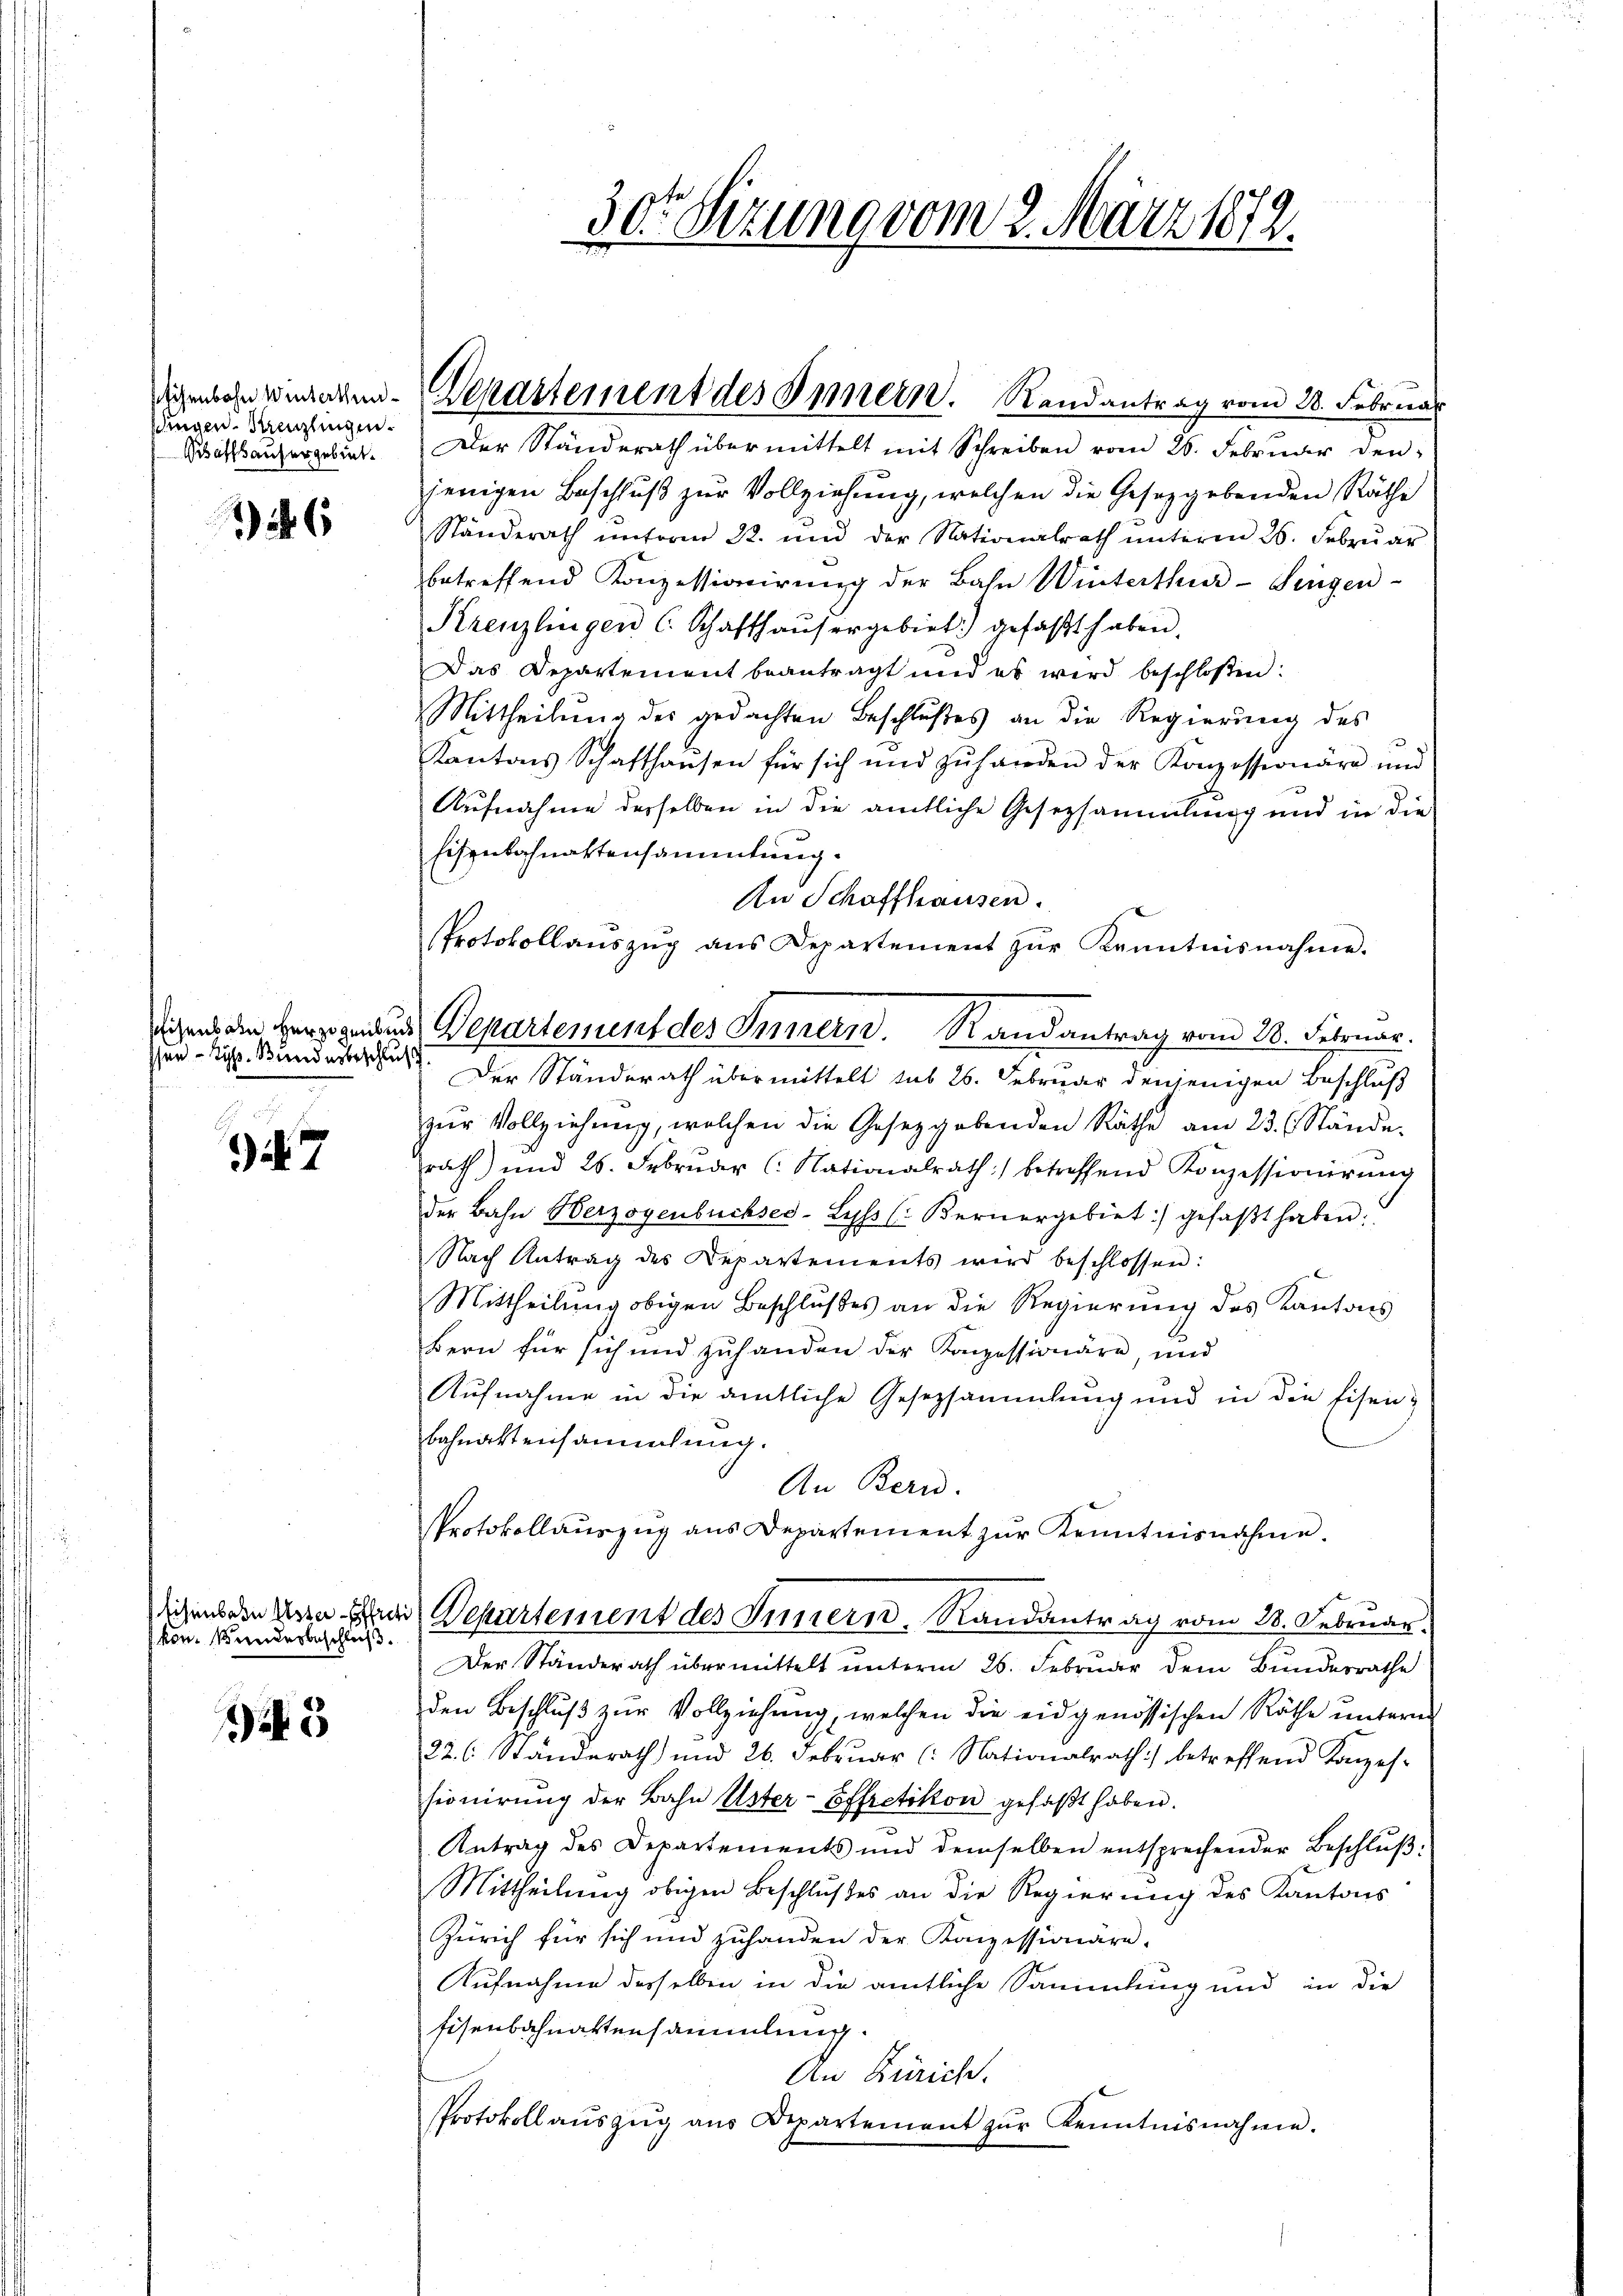
jungen Kanzlingen.
Baffhausergebiet.

16

seihens aber Herzogenb
ssen - Syp. Bundesbeschl

7

tisenbahn Uster Effreti
kon Kundesbeschluß.

3

Der Ständerath übermittelt mit Schreiben vom 26. Februar den
jenigen Beschluß zur Vollziehung, welchen die Gesetzgebenden Räthe
Ständerath unterm 22. und der Nationalrath ŭnterm 26. Febrŭar
betreffend Konzessionirung der Bahn Winterthur–Singen-
Krenzlingen C. Schafthaŭsergebiet.) gefaßt haben.
Das Departement beantragt und es wird beschloßen:
Mittheilŭng des gedachten Beschlußes an die Regierŭng des
Kantons Schafthaŭsen für sich und zŭ handen der Konzessionäre und
Aufnahme derselben in die amtliche Gesetzsammlung und in die
Eisenbahnattensammlung.
An Schaffhausen.
Protokollaŭszŭg ans Departement zŭr Kenntnisnahme.
uss. Der Ständerath übermittelt sub 26. Februar denjenigen Beschluß
zŭr Vollziehung, welchen die Gesetzgebenden Räthe am 23. Stände.
rath und 26. Febrŭder (: Nationalrath betreffend Konzessionirŭng
der Bahn Herzogenbüchsed-Lyss (Bernergebiet:/ gefaβt haben.
Nach Antrag des Departements wird beschlossen:
Mittheilung obigen Beschlußes an die Regierung des Kantons
Bern für sich und zuhanden der Konzessionäre, und
Aufnahme in die amtliche Gesetzsammlung und in die Eisenbahnaktensammlung.
An Bern.
Protokollauszug aus Departement zŭr Kenntnisnahme.
die Departement des Innern. Randantrag vom 28. Februar.
Der Ständerath übermittelt unterm 26. Februar dem Bundesrathe
den Beschlŭβ zŭr Vollziehung, welchen die eidgenössischen Räthe ŭnterm
226. Ständerath und 26. Februar (: Nationalrath betreffend Konzes-
sionirung der Bahn Uster-Effretikon gefaßt haben.
Antrag des Departements und demselben entsprechender Beschlŭβ-
Mittheilung obigen Beschlußes an die Regierung des Kantons
Zürich für sich und zuhanden der Konzessionäre.
Aufnahme desselben in die amtliche Sammlung und in die
Eisenbahnattensammlung.
An Zürich.
Protokoll aŭszŭg ans Departement zŭr Kenntnisnahme.

digenbahn wiederren-Departement des Innern. Randantrag vom 28. Februar

un Departenunt des Innern. Randantrag vom 28. Februar.

30. Sitzung vom 2. März 1872.